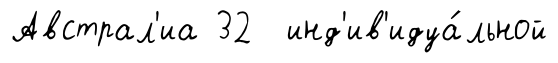
Австрал'иа 32 инд'ив'идуа́льной